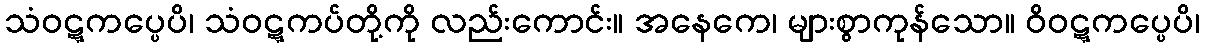
သံဝဋ္ဋကပ္ပေပိ၊ သံဝဋ္ဋကပ်တို့ကို လည်းကောင်း။ အနေကေ၊ များစွာကုန်သော။ ဝိဝဋ္ဋကပ္ပေပိ၊